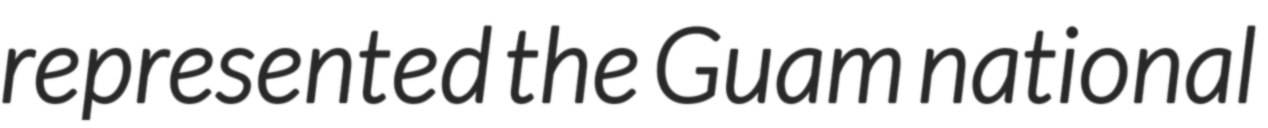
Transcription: represented the Guam national